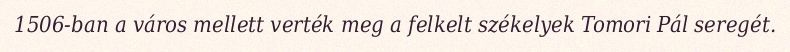
1506-ban a város mellett verték meg a felkelt székelyek Tomori Pál seregét.